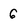
Character: 6